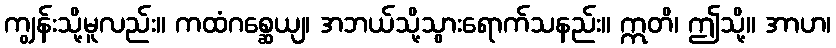
ကျွန်းသို့မူလည်း။ ကထံဂစ္ဆေယျ၊ အဘယ်သို့သွားရောက်သနည်း။ ဣတိ၊ ဤသို့။ အာဟ၊